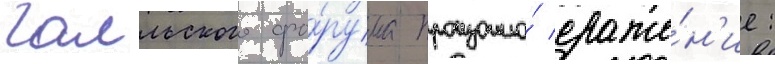
галльского фо́рума произошло́ сраже́н'ие: